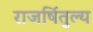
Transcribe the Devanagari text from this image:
राजर्षितुल्य